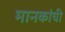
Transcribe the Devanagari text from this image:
मानकांची